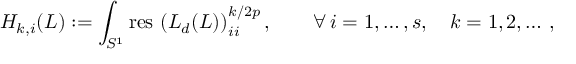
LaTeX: H _ { k , i } ( L ) : = \int _ { S ^ { 1 } } \mathrm { r e s \, } \left( L _ { d } ( L ) \right) _ { i i } ^ { k / { 2 p } } , \qquad \forall \, i = 1 , \ldots , s , \quad k = 1 , 2 , \dots \, ,